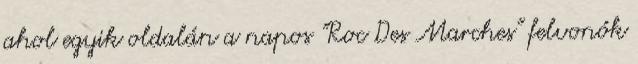
ahol egyik oldalán a napos "Roc Des Marches" felvonók